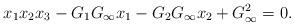
LaTeX: \begin{align*}x_1x_2x_3 -G_1 G_\infty x_1 -G_2 G_\infty x_2 + G_\infty^2=0.\end{align*}